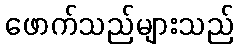
ဖောက်သည်များသည်